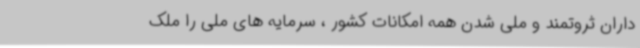
داران ثروتمند و ملی شدن همه امکانات کشور ، سرمایه های ملی را ملک